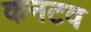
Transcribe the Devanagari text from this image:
कनटव